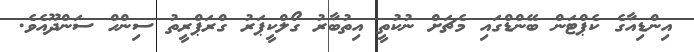
އިންޑިއާގެ ކެޕްޓަން ބޭންޑްގައި މެޗަށް ނުކުތީ އިތުބާރު ގޯލްކީޕަރު ގްރަޕްރީތު ސިންހް ސަންދޫއެވެ.